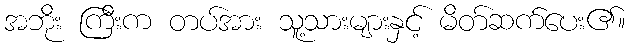
အဘိုး ကြီးက တပ်အား သူ့သားများနှင့် မိတ်ဆက်ပေး၏။